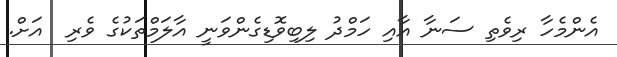
އެންމެހާ ރިވެތި ސަނާ އާއި ހަމްދު ލިބިވޮޑިގެންވަނީ އާލަމްތަކުގެ ވެރި  އަށް.